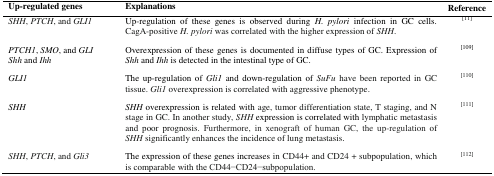
<table><thead><tr><td><b>Up-regulated genes</b></td><td><b>Explanations</b></td><td><b>Reference</b></td></tr></thead><tbody><tr><td><i>SHH</i>, <i>PTCH</i>, and <i>GLI1</i></td><td>Up-regulation of these genes is observed during <i>H. pylori</i> infection in GC cells. CagA-positive <i>H. pylori</i> was correlated with the higher expression of <i>SHH</i>.</td><td>[11]</td></tr><tr><td><i>PTCH1</i>, <i>SMO</i>, and <i>GLI</i><i>Shh</i> and <i>Ihh</i></td><td>Overexpression of these genes is documented in diffuse types of GC. Expression of <i>Shh</i> and <i>Ihh</i> is detected in the intestinal type of GC.</td><td>[109]</td></tr><tr><td><i>GLI1</i></td><td>The up-regulation of <i>Gli1</i> and down-regulation of <i>SuFu</i> have been reported in GC tissue. <i>Gli1</i> overexpression is correlated with aggressive phenotype.</td><td>[110]</td></tr><tr><td><i>SHH</i></td><td><i>SHH</i> overexpression is related with age, tumor differentiation state, T staging, and N stage in GC. In another study, <i>SHH</i> expression is correlated with lymphatic metastasis and poor prognosis. Furthermore, in xenograft of human GC, the up-regulation of <i>SHH</i> significantly enhances the incidence of lung metastasis.</td><td>[111]</td></tr><tr><td><i>SHH</i>, <i>PTCH</i>, and <i>Gli3</i></td><td>The expression of these genes increases in CD44+ and CD24 + subpopulation, which is comparable with the CD44−CD24−subpopulation.</td><td>[112]</td></tr></tbody></table>